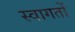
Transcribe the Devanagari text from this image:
स्वागतों